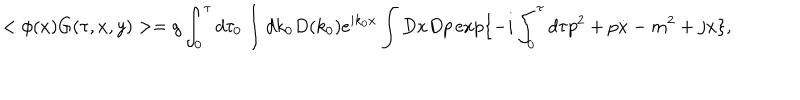
LaTeX: < \phi ( x ) G ( \tau , x , y ) > = g \int _ { 0 } ^ { \tau } d \tau _ { 0 } \int d k _ { 0 } D ( k _ { 0 } ) e ^ { i k _ { 0 } x } \int D x D p \exp \{ - i \int _ { 0 } ^ { \tau } d \tau p ^ { 2 } + p \dot { x } - m ^ { 2 } + j x \} ,